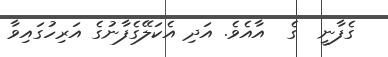
ގެފާނީ  ގެ  އާއެވެ. އަދި އެކަލޭގެފާނުގެ އަރިހުގައިވާ